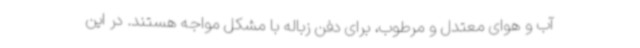
آب و هوای معتدل و مرطوب، برای دفن زباله با مشکل مواجه هستند. در این